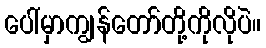
ပေါ်မှာကျွန်တော်တို့ကိုလိုပဲ။